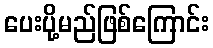
ပေးပို့မည်ဖြစ်ကြောင်း